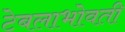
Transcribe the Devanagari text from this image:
टेबलाभोवती